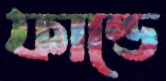
ফান্ডে